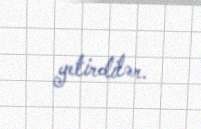
yetirdilər.